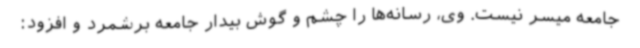
جامعه میسر نیست. وی، رسانه‌ها را چشم و گوش بیدار جامعه برشمرد و افزود: